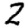
Digit: 2